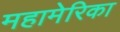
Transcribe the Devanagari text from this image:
महामेरिका